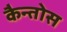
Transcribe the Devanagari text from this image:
कैन्तोस